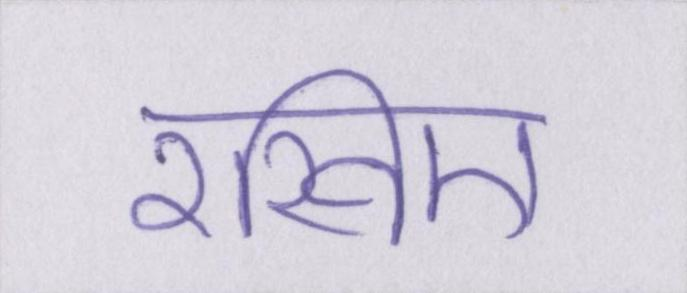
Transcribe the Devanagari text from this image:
रखिए